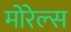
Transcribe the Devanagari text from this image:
मोरेल्स